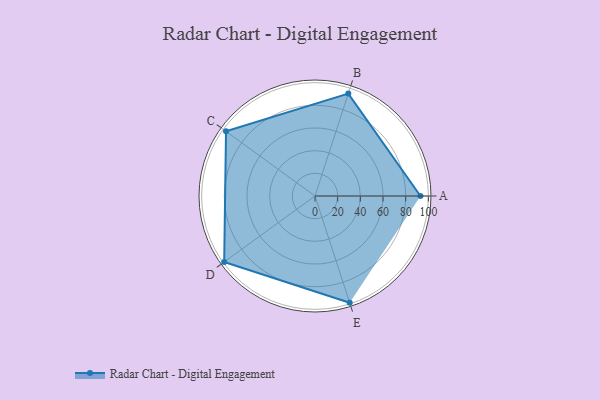
{"axis": {"x": "Skill", "y": "Score"}, "legend": ["Profile"], "data": [{"x": "A", "y": 93.0, "type": "Profile"}, {"x": "B", "y": 95.0, "type": "Profile"}, {"x": "C", "y": 97.0, "type": "Profile"}, {"x": "D", "y": 99.0, "type": "Profile"}, {"x": "E", "y": 99, "type": "Profile"}]}